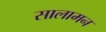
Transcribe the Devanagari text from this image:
सालामन